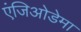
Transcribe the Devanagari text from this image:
एंजिओडेमा